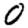
Digit: 0